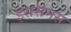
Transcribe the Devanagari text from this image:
इससमस